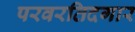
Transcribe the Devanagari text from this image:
परवरतिदगार